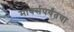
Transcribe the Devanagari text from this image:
मार्क्सपर्यंतचा